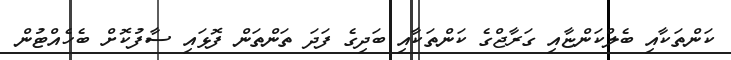
ކަންތަކާއި ބެލްކަންޏާއި ގަރާޖްގެ ކަންތަކާއި ބަދިގެ ފަދަ ތަންތަން ފޮޅައި ސާފުކޮށް ބެހެއްޓުން